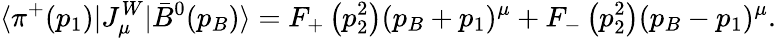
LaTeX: \langle\pi^{+}(p_{1})|J_{\mu}^{W}|\bar{B}^{0}(p_{B})\rangle=F_{+}\left(p_{2}^{2}\right)(p_{B}+p_{1})^{\mu}+F_{-}\left(p_{2}^{2}\right)(p_{B}-p_{1})^{\mu}.